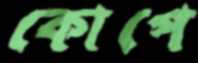
কোপে